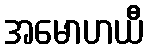
အမောဟယီ